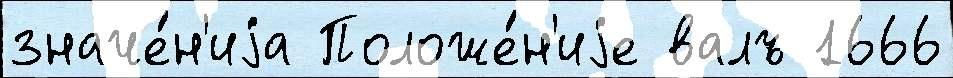
значе́н'иjа Положе́н'иjе валъ 1666